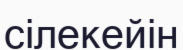
сілекейін